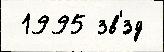
 1995 зв'́зд